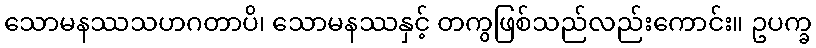
သောမနဿသဟဂတာပိ၊ သောမနဿနှင့် တကွဖြစ်သည်လည်းကောင်း။ ဥပက္ခ